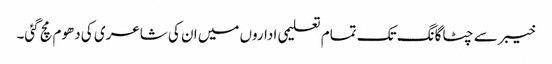
خیبر سے چٹاگانگ تک تمام تعلیمی اداروں میں ان کی شاعری کی دھوم مچ گئی۔